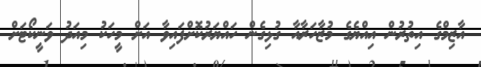
އާޒިމްގެ އިތުރުން އިއްޔެގެ މުޒާހަރާއާ ގުޅިގެން ހައްޔަރުކޮށްފައިވާ އަށް މީހަކު މިއަދު ވަނީކޯޓަށް